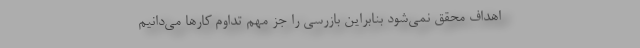
اهداف محقق نمی‌شود بنابراین بازرسی را جز مهم تداوم کارها می‌دانیم